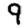
Digit: 9